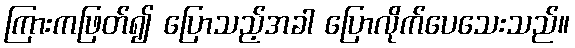
ကြားကဖြတ်၍ ပြောသည့်အခါ ပြောလိုက်ပေသေးသည်။